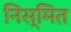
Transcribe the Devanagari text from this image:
निस्मित